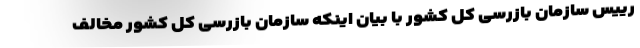
رییس سازمان بازرسی کل کشور با بیان اینکه سازمان بازرسی کل کشور مخالف